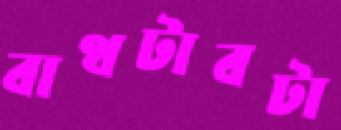
বাথটাবটা